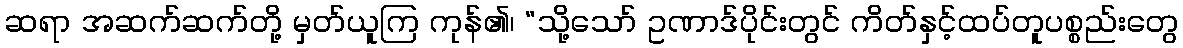
ဆရာ အဆက်ဆက်တို့ မှတ်ယူကြ ကုန်၏၊ “သို့သော် ဥဏာဒ်ပိုင်းတွင် ကိတ်နှင့်ထပ်တူပစ္စည်းတွေ